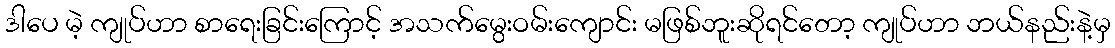
ဒါပေ မဲ့ ကျုပ်ဟာ စာရေးခြင်းကြောင့် အသက်မွေးဝမ်းကျောင်း မဖြစ်ဘူးဆိုရင်တော့ ကျုပ်ဟာ ဘယ်နည်းနဲ့မှ